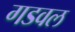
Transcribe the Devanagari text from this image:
गडवल